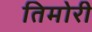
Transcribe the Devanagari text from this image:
तिमोरी